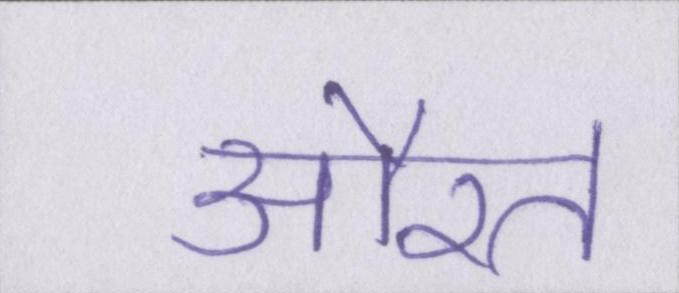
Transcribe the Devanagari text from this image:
औरत